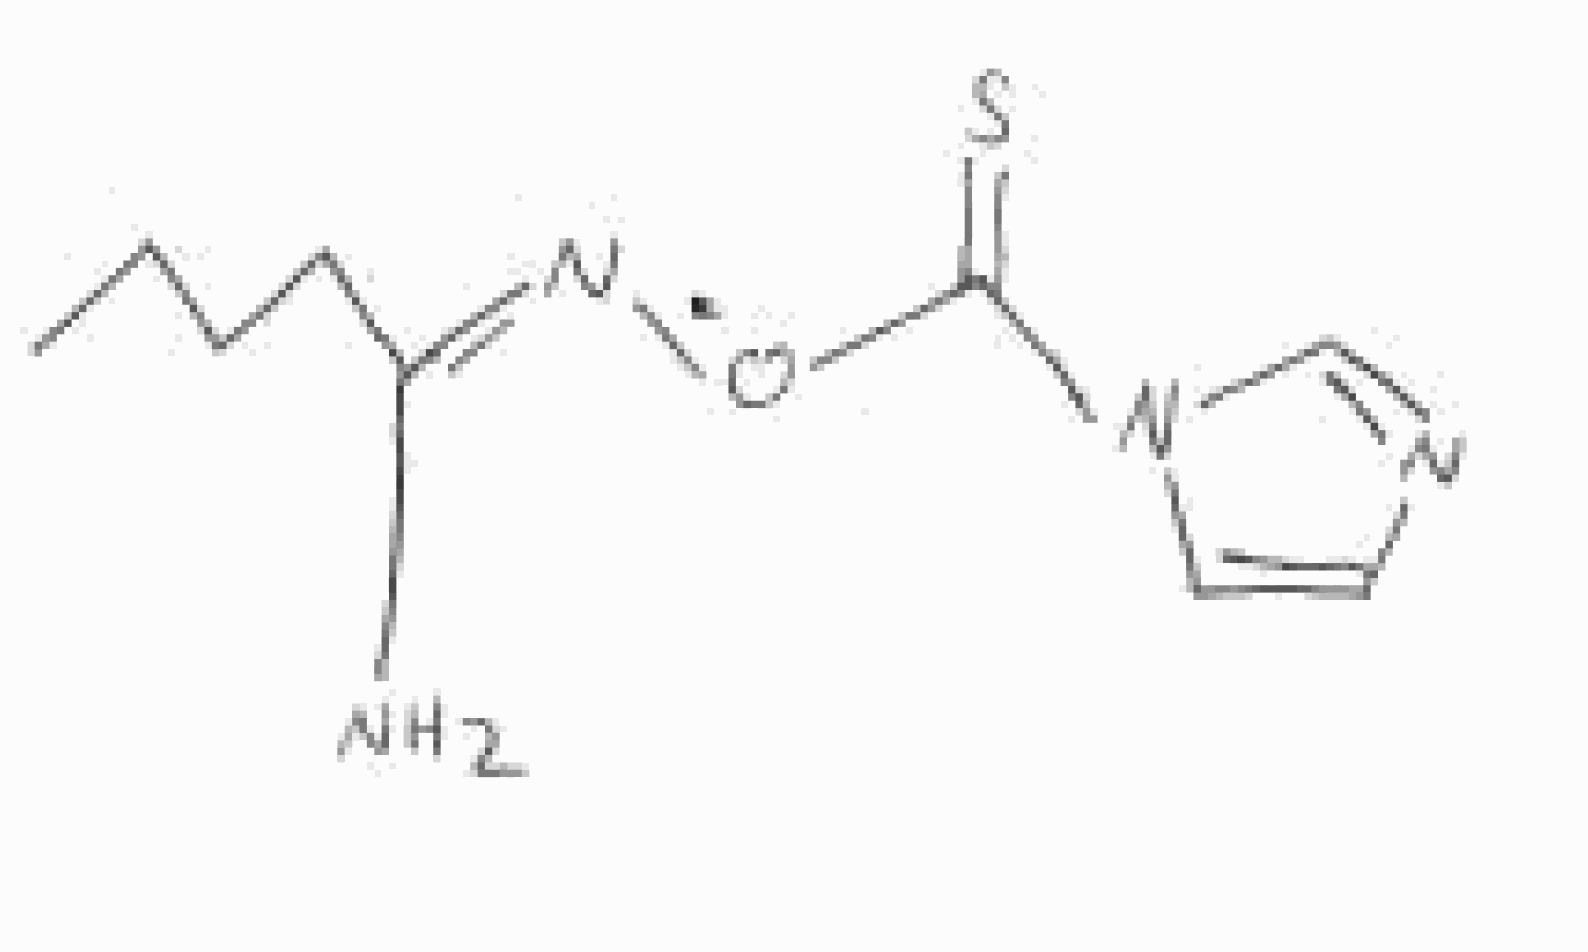
Simplified molecular-input line-entry system (SMILES) notation of the given molecule:
CCCC/C(=N/OC(=S)N1C=CN=C1)/N